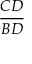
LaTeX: \frac { C D } { B D }